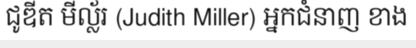
ជូឌីត មីល្ល័រ (Judith Miller) អ្នកជំនាញ ខាង